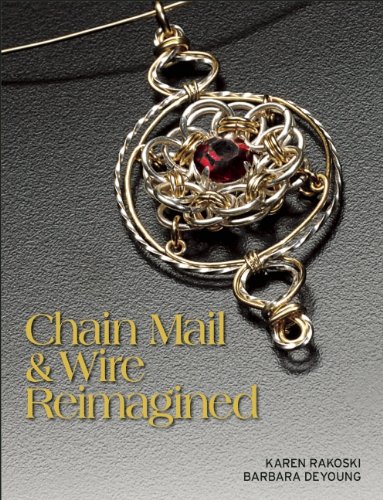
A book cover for Chain Mail & Wire Reimagined; Karen Rakoski; Crafts, Hobbies & Home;